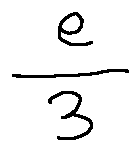
\frac { e } { 3 }